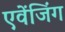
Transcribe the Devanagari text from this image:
एवेंजिंग